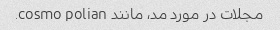
مجلات در مورد مد، مانند cosmo polian.